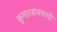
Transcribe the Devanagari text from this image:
कुमारसंभवाची